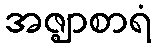
အဇ္ဈာစာရံ